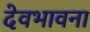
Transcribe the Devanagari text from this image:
देवभावना